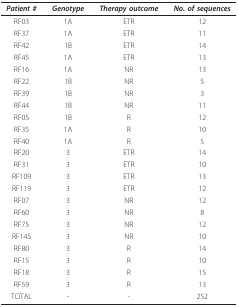
<table><thead><tr><td><b><i>Patient #</i></b></td><td><b><i>Genotype</i></b></td><td><b><i>Therapy outcome</i></b></td><td><b><i>No. of sequences</i></b></td></tr></thead><tbody><tr><td>RF03</td><td>1A</td><td>ETR</td><td>12</td></tr><tr><td>RF37</td><td>1A</td><td>ETR</td><td>11</td></tr><tr><td>RF42</td><td>1B</td><td>ETR</td><td>14</td></tr><tr><td>RF45</td><td>1A</td><td>ETR</td><td>13</td></tr><tr><td>RF16</td><td>1A</td><td>NR</td><td>13</td></tr><tr><td>RF22</td><td>1B</td><td>NR</td><td>5</td></tr><tr><td>RF39</td><td>1B</td><td>NR</td><td>3</td></tr><tr><td>RF44</td><td>1B</td><td>NR</td><td>11</td></tr><tr><td>RF05</td><td>1B</td><td>R</td><td>12</td></tr><tr><td>RF35</td><td>1A</td><td>R</td><td>10</td></tr><tr><td>RF40</td><td>1A</td><td>R</td><td>5</td></tr><tr><td>RF20</td><td>3</td><td>ETR</td><td>14</td></tr><tr><td>RF31</td><td>3</td><td>ETR</td><td>10</td></tr><tr><td>RF109</td><td>3</td><td>ETR</td><td>13</td></tr><tr><td>RF119</td><td>3</td><td>ETR</td><td>12</td></tr><tr><td>RF07</td><td>3</td><td>NR</td><td>12</td></tr><tr><td>RF60</td><td>3</td><td>NR</td><td>8</td></tr><tr><td>RF75</td><td>3</td><td>NR</td><td>12</td></tr><tr><td>RF145</td><td>3</td><td>NR</td><td>10</td></tr><tr><td>RF80</td><td>3</td><td>R</td><td>14</td></tr><tr><td>RF15</td><td>3</td><td>R</td><td>10</td></tr><tr><td>RF18</td><td>3</td><td>R</td><td>15</td></tr><tr><td>RF59</td><td>3</td><td>R</td><td>13</td></tr><tr><td>TOTAL</td><td>-</td><td>-</td><td>252</td></tr></tbody></table>